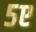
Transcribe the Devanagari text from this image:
५ए